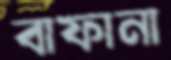
বাফানা